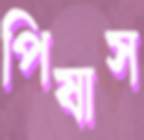
পিষাস